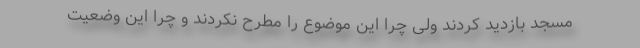
مسجد بازدید کردند ولی چرا این موضوع را مطرح نکردند و چرا این وضعیت